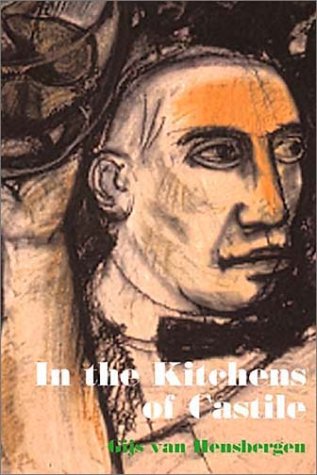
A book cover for In the Kitchens of Castile (Pallas Athene Editions); Gijs van Hensbergen; Cookbooks, Food & Wine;